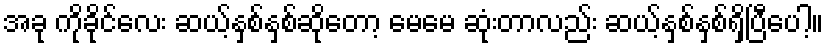
အခု ကိုခိုင်လေး ဆယ့်နှစ်နှစ်ဆိုတော့ မေမေ ဆုံးတာလည်း ဆယ့်နှစ်နှစ်ရှိပြီပေါ့။